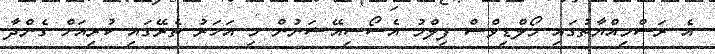
އެ ރަސްމިއްޔާތުގައި މޯލްޑިވްސް ފިލްމު އެސޯސިއޭޝަނުން މި އަހަރު ތެރޭގައި ކުރިއަށް ގެންދާ